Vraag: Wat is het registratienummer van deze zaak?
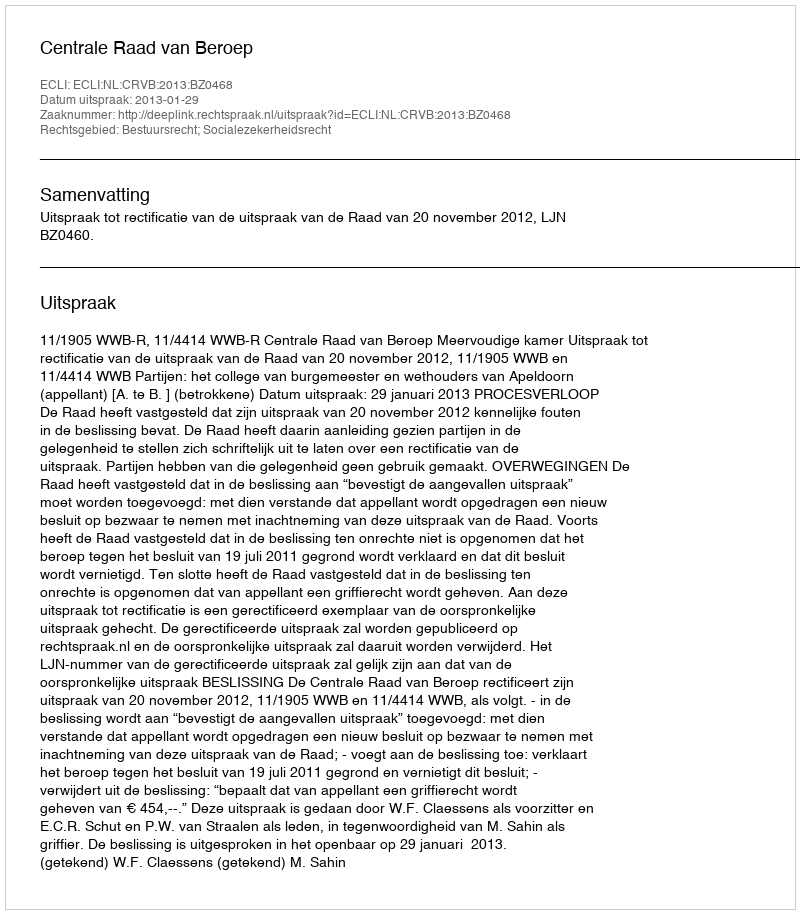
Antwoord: http://deeplink.rechtspraak.nl/uitspraak?id=ECLI:NL:CRVB:2013:BZ0468